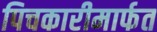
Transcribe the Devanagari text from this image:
पिचकारीमार्फत